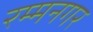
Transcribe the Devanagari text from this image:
रम्मनगर